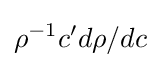
\rho ^{-1}c'd\rho /dc